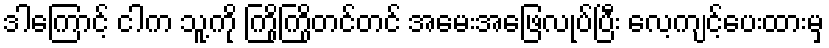
ဒါကြောင့် ငါက သူ့ကို ကြိုကြိုတင်တင် အမေးအဖြေလုပ်ပြီး လေ့ကျင့်ပေးထားမှ